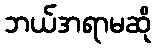
ဘယ်အရာမဆို